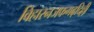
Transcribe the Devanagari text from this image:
विहारनजफगढ़दिल्ली